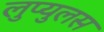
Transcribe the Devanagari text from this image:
लुप्युलस